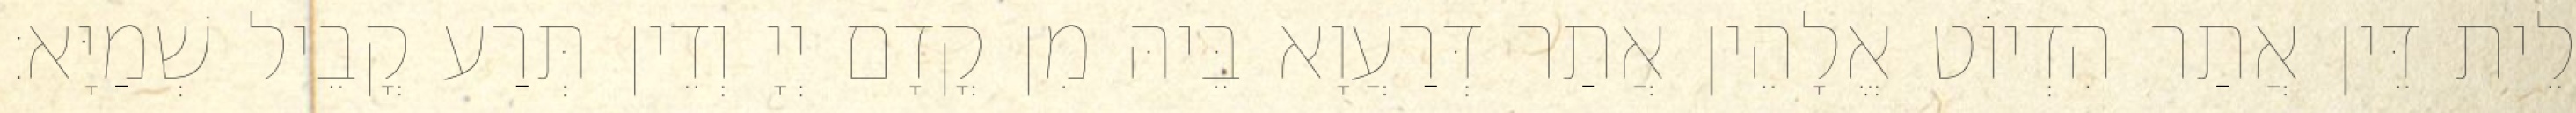
לֵית דֵּין אֲתַר הִדְיוֹט אֱלָהֵין אֲתַר דְּרַעֲוָא בֵּיהּ מִן קֳדָם יְיָ וְדֵין תְּרַע קֳבֵיל שְׁמַיָּא׃